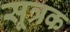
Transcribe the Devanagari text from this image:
सूत्रक